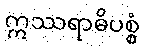
ဣဿရာဓိပစ္စံ